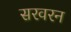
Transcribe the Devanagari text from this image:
सरवरन